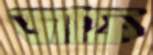
জাফ